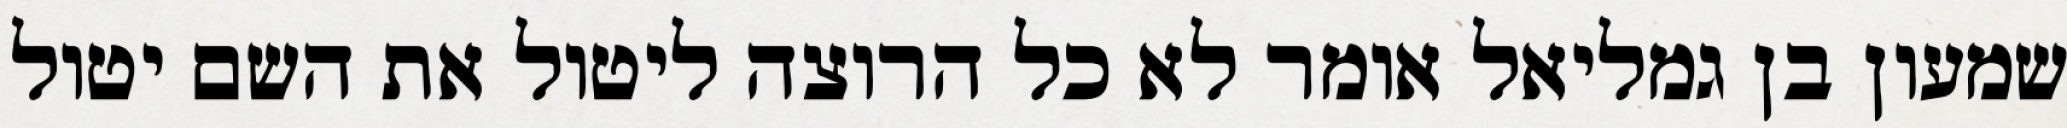
שמעון בן גמליאל אומר לא כל הרוצה ליטול את השם יטול